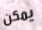
يمكن